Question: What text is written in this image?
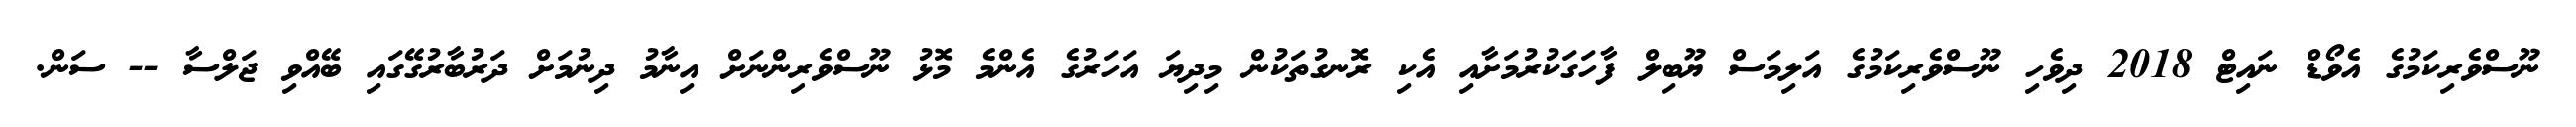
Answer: ނޫސްވެރިކަމުގެ އެވޯޑް ނައިޓް 2018 ދިވެހި ނޫސްވެރިކަމުގެ އަލިމަސް ޔޫބިލް ފާހަގަކުރުމަށާއި އެކި ރޮނގުތަކުން މިދިޔަ އަހަރުގެ އެންމެ މޮޅު ނޫސްވެރިންނަށް އިނާމު ދިނުމަށް ދަރުބާރުގޭގައި ބޭއްވި ޖަލްސާ -- ސަން.